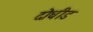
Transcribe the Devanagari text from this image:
दोधीड